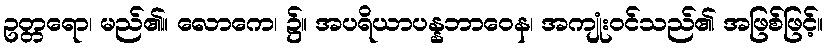
ဥတ္တရော၊ မည်၏။ လောကေ၊ ၌။ အပရိယာပန္နဘာဝေန၊ အကျုံးဝင်သည်၏ အဖြစ်ဖြင့်။